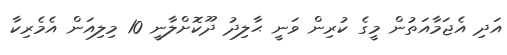
އަދި އެޖަމާއަތުން މީގެ ކުރިން ވަނީ ޙާލިދު ދޫކޮށްލާނީ 10 މިލިއަން އެމެރިކާ